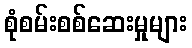
စုံစမ်းစစ်ဆေးမှုများ